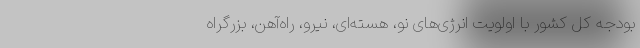
بودجه کل کشور با اولویت انرژی‌های نو، هسته‌ای، نیرو، راه‌آهن، بزرگراه